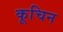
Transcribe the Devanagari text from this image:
कूचिन